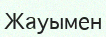
Жауымен